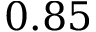
0 . 8 5